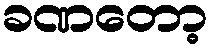
ခဏတော့